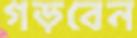
গড়বেন